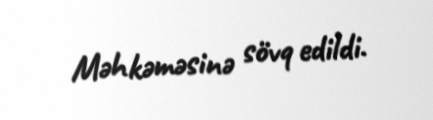
Məhkəməsinə sövq edildi.